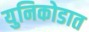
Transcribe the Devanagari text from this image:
युनिकोडात